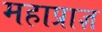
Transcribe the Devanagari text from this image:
महाप्राज्ञ